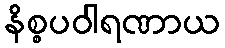
နိစ္စပဝါရဏာယ